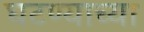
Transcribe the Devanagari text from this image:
घटण्याच्या